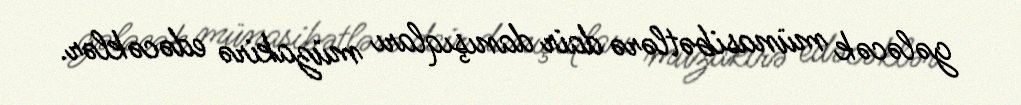
gələcək münasibətlərə dair danışıqları müzakirə edəcəklər.